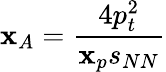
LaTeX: \mathbf{x}_{A}={\frac{{4p_{t}^{2}}}{{\mathbf{x}_{p}s_{NN}}}}